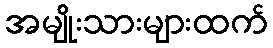
အမျိုးသားများထက်